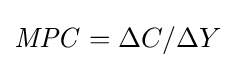
{\mathit {MPC}}=\Delta C/\Delta Y